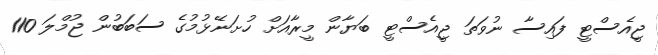
ޖީއެސްޓީ ފައިސާ ނުވަތަ ޖީއެސްޓީ ބަޔާން މީރާއަށް ހުށަނޭޅުމުގެ ސަބަބުން ޖުމްލަ 110